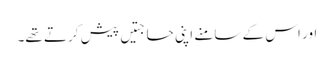
اور اس کے سامنے اپنی حاجتیں پیش کرتے تھے۔